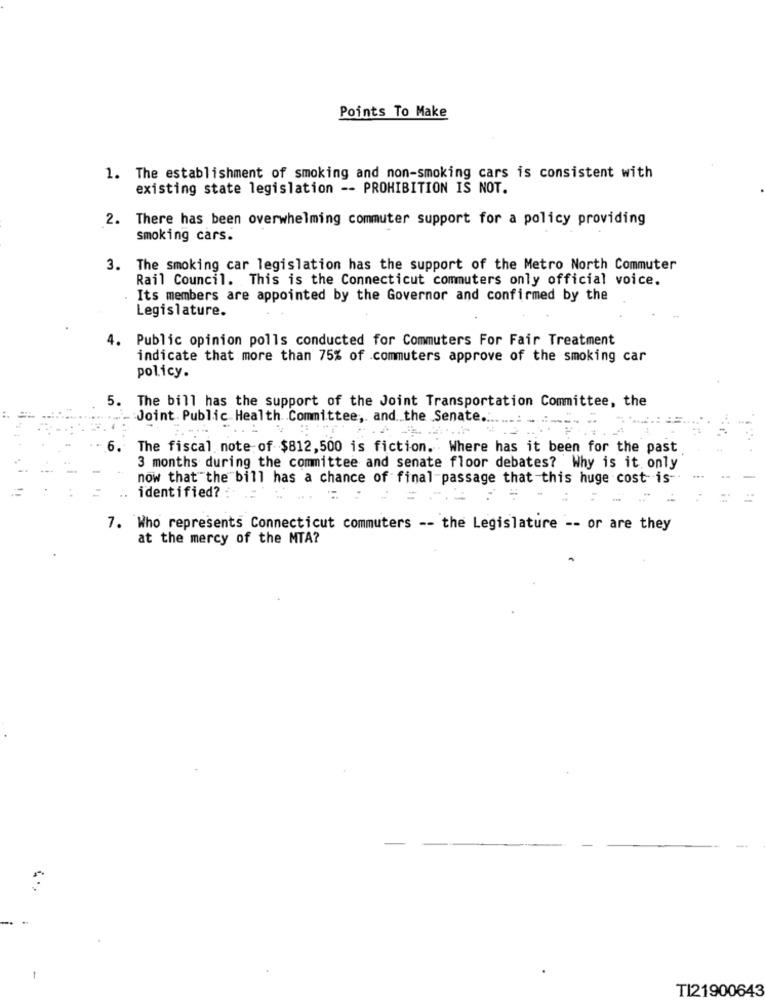
Points To Make
1. The establishment of smoking and non-smoking cars is consistent with
existing state legislation -- PROHIBITION IS NOT.
2. There has been overwhelming commuter support for a policy providing
smoking cars.
3. The smoking car legislation has the support of the Metro North Commuter
Rail Council. This is the Connecticut commuters only official voice.
Its members are appointed by the Governor and confirmed by the
Legislature.
4. Public opinion polls conducted for Commuters For Fair Treatment
indicate that more than 75% of commuters approve of the smoking car
policy.
5. The bill has the support of the Joint Transportation Committee, the
Joint. Public Health. Committee, and the Senate.
6. The fiscal note of $812,500 is fiction. Where has it been for the past
3 months during the committee and senate floor debates? Why is it. only
now that the bill has a chance of final-passage that this huge cost is-
identified? :
=
7. Who represents Connecticut commuters -- the Legislature -- or are they
at the mercy of the MTA?
TI21900643